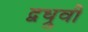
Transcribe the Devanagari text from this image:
द्वध्रुवी